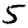
Digit: 5